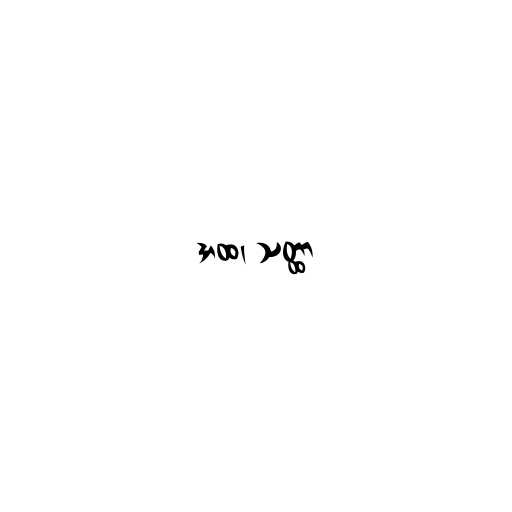
အထ၊ သတ္ထာ